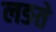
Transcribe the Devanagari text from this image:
लङते